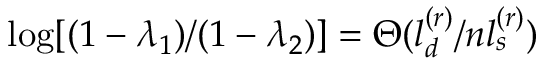
\log [ ( 1 - \lambda _ { 1 } ) / ( 1 - \lambda _ { 2 } ) ] = \Theta ( l _ { d } ^ { ( r ) } / n l _ { s } ^ { ( r ) } )